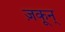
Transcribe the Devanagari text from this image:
ज़कून्